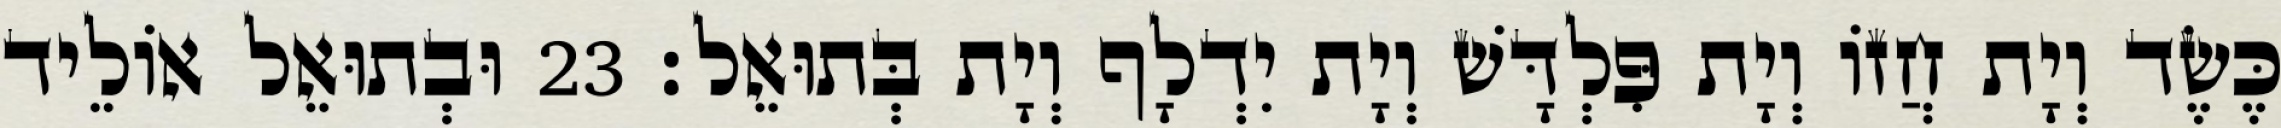
כֶּשֶׂד וְיָת חֲזוֹ וְיָת פִּלְדָּשׁ וְיָת יִדְלָף וְיָת בְּתוּאֵל׃ 23 וּבְתוּאֵל אוֹלֵיד